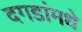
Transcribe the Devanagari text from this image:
दगडांमधे